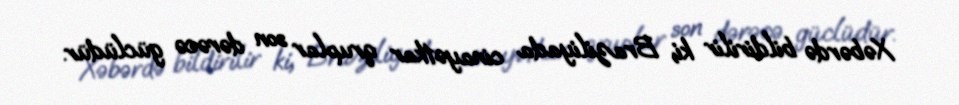
Xəbərdə bildirilir ki, Braziliyada cinayətkar qruplar son dərəcə güclüdür.